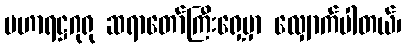
မဟာရဋ္ဌဂုရု ဆရာတော်ကြီးရှေ့မှာ လျှောက်ပါတယ်၊